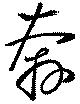
奔